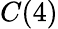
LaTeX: C(4)